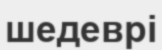
шедеврі